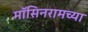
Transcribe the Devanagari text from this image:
मॉसिनरामच्या